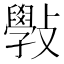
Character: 斅